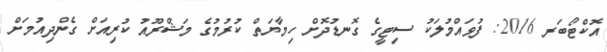
އޮކްޓޯބަރ 2016: ފުވައްމުލަކު ސިޓީގެ ގޮނޑުދޮށް ހިމާޔަތް ކުރުމުގެ މަޝްރޫއު ކުރިއަށް ގެންދިއުމަށް